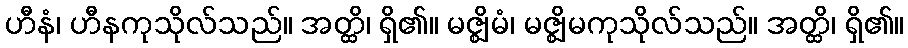
ဟီနံ၊ ဟီနကုသိုလ်သည်။ အတ္ထိ၊ ရှိ၏။ မဇ္ဈိမံ၊ မဇ္ဈိမကုသိုလ်သည်။ အတ္ထိ၊ ရှိ၏။